Report of the Bombay Veterinary College
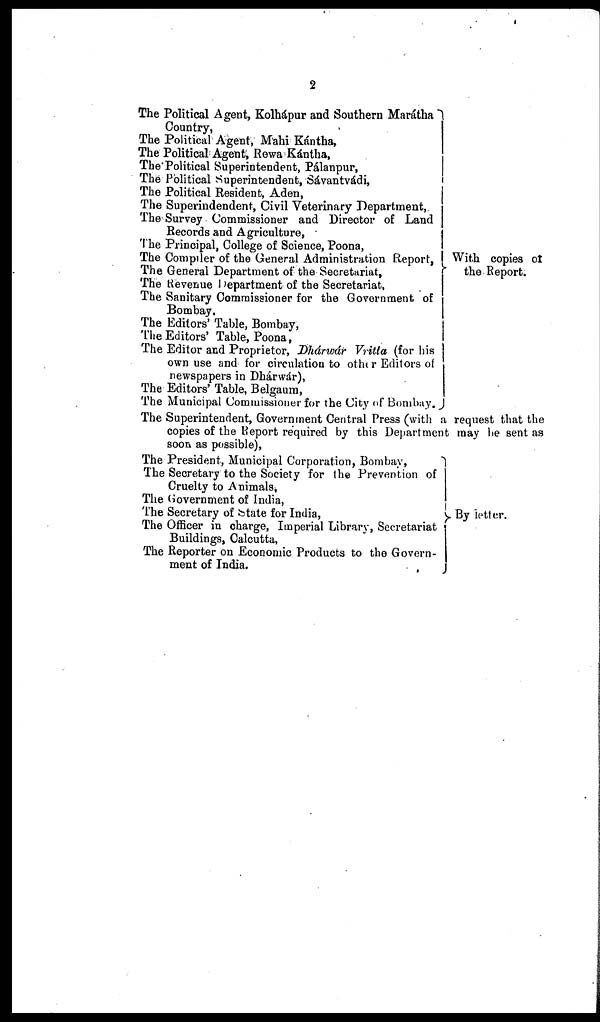
2
The Political Agent, Kolhápur and Southern Marátha
Country,
The Political Agent, Mahi Kántha,
The Political Agent, Rewa Kántha,
The Political Superintendent, Pálanpur,
The Political Superintendent, Sávantvádi,
The Political Resident, Aden,
The Superindendent, Civil Veterinary Department,
The Survey Commissioner and Director of Land
Records and Agriculture,
The Principal, College of Science, Poona,
The Compiler of the General Administration Report,
The General Department of the Secretariat,
The Revenue Department of the Secretariat,
The Sanitary Commissioner for the Government of
Bombay.
The Editors' Table, Bombay,
The Editors' Table, Poona,
The Editor and Proprietor, Dhárwár Vritta (for his
own use and for circulation to other Editors of
newspapers in Dhárwár),
The Editors' Table, Belgaum,
The Municipal Commissioner for the City of Bombay.
With copies of
the Report.
The Superintendent, Government Central Press (with a request that the
copies of the Report required by this Department may be sent as
soon as possible),
The President, Municipal Corporation, Bombay,
The Secretary to the Society for the Prevention of
Cruelty to Animals,
The Government of India,
The Secretary of State for India,
The Officer in charge, Imperial Library, Secretariat
Buildings, Calcutta,
The Reporter on Economic Products to the Govern-
ment of India.
By letter.